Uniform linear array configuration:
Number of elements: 16
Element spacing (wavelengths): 0.5
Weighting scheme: hann
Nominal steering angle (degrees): -60
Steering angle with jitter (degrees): -60.229
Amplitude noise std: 0.05
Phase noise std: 0.05

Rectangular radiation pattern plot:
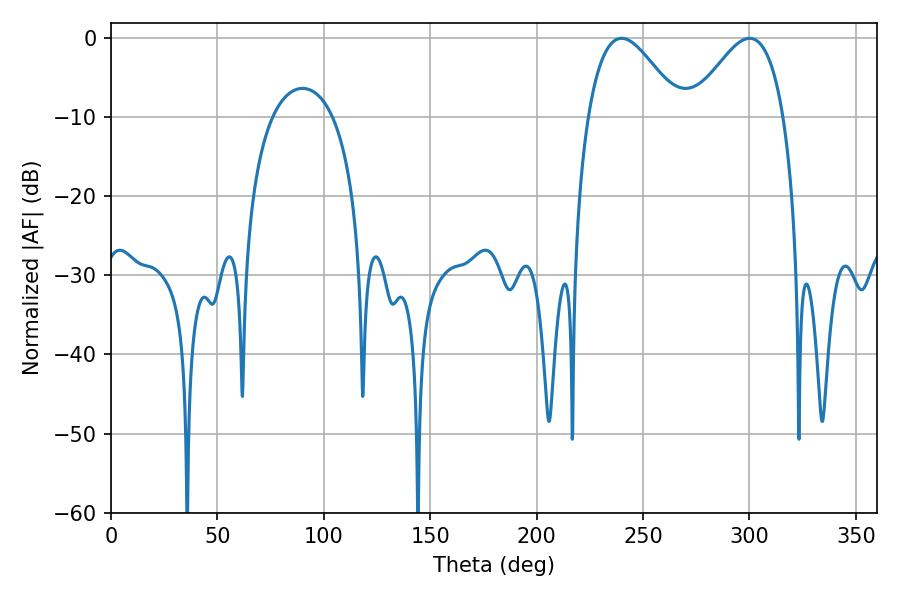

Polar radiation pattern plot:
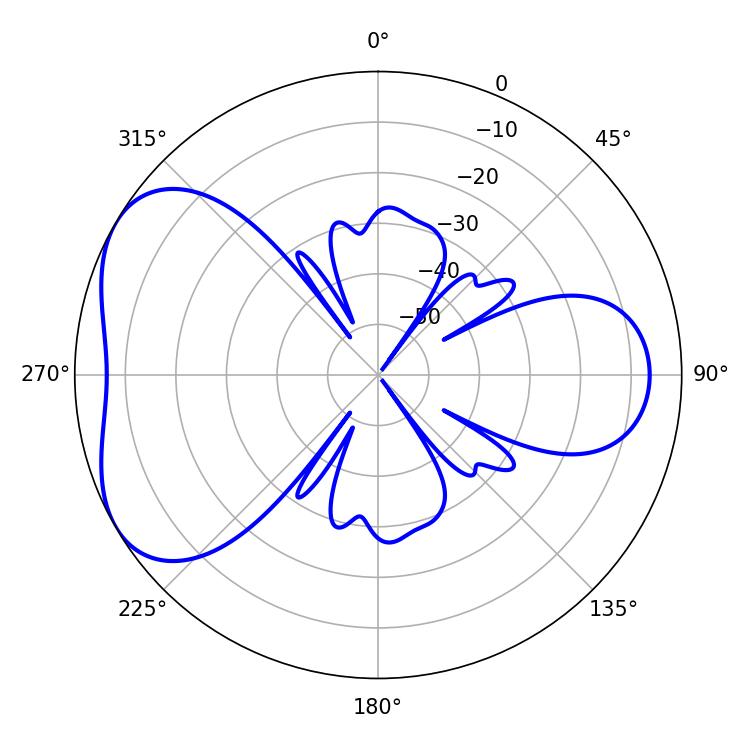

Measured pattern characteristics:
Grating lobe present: FALSE
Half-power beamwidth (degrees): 23.4
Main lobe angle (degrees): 239.94